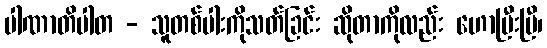
ပါဏာတိပါတ - သူတစ်ပါးကိုသတ်ခြင်း ဆိုတာကိုလည်း ဟောပြီးပြီ၊